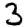
Digit: 3